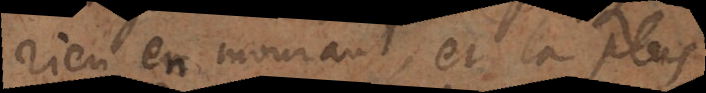
rien en mourant, et la plus